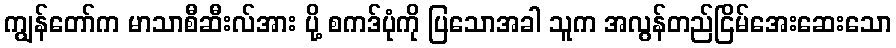
ကျွန်တော်က မာသာစီဆီးလ်အား ပို့ စကဒ်ပုံကို ပြသောအခါ သူက အလွန်တည်ငြိမ်အေးဆေးသော